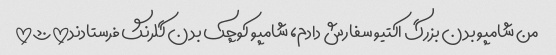
من شامپو بدن بزرگ اکتیو سفارش دادم، شامپو کوچک بدن گلرنگ فرستادند!!!؟؟؟!!!